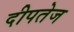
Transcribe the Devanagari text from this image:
दीपतेज